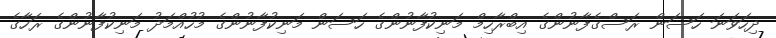
ދިހަވަނަ ހަސަން ރަސްގެފާނުންގެ އިބްރާހިމް މަނިކުފާނުންގެ ހަސަން މަނިކުފާނުންގެ މުހުއްމަދު މަނިކުފާނުންގެ ރަހާގެ